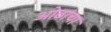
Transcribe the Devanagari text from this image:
ओठांचा